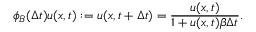
\phi _ { B } ( \Delta t ) u ( x , t ) : = u ( x , t + \Delta t ) = \frac { u ( x , t ) } { 1 + u ( x , t ) \beta \Delta t } .